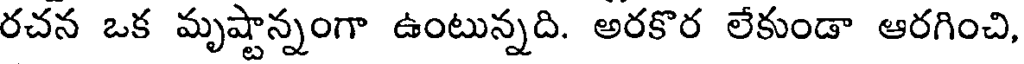
రచన ఒక మృష్టాన్నంగా ఉంటున్నది. అరకొర లేకుండా ఆరగించి,